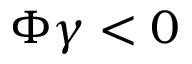
\Phi \gamma < 0